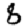
Digit: 8